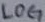
Text: LOG